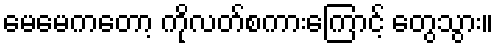
မေမေကတော့ ကိုလတ်စကားကြောင့် တွေသွား။